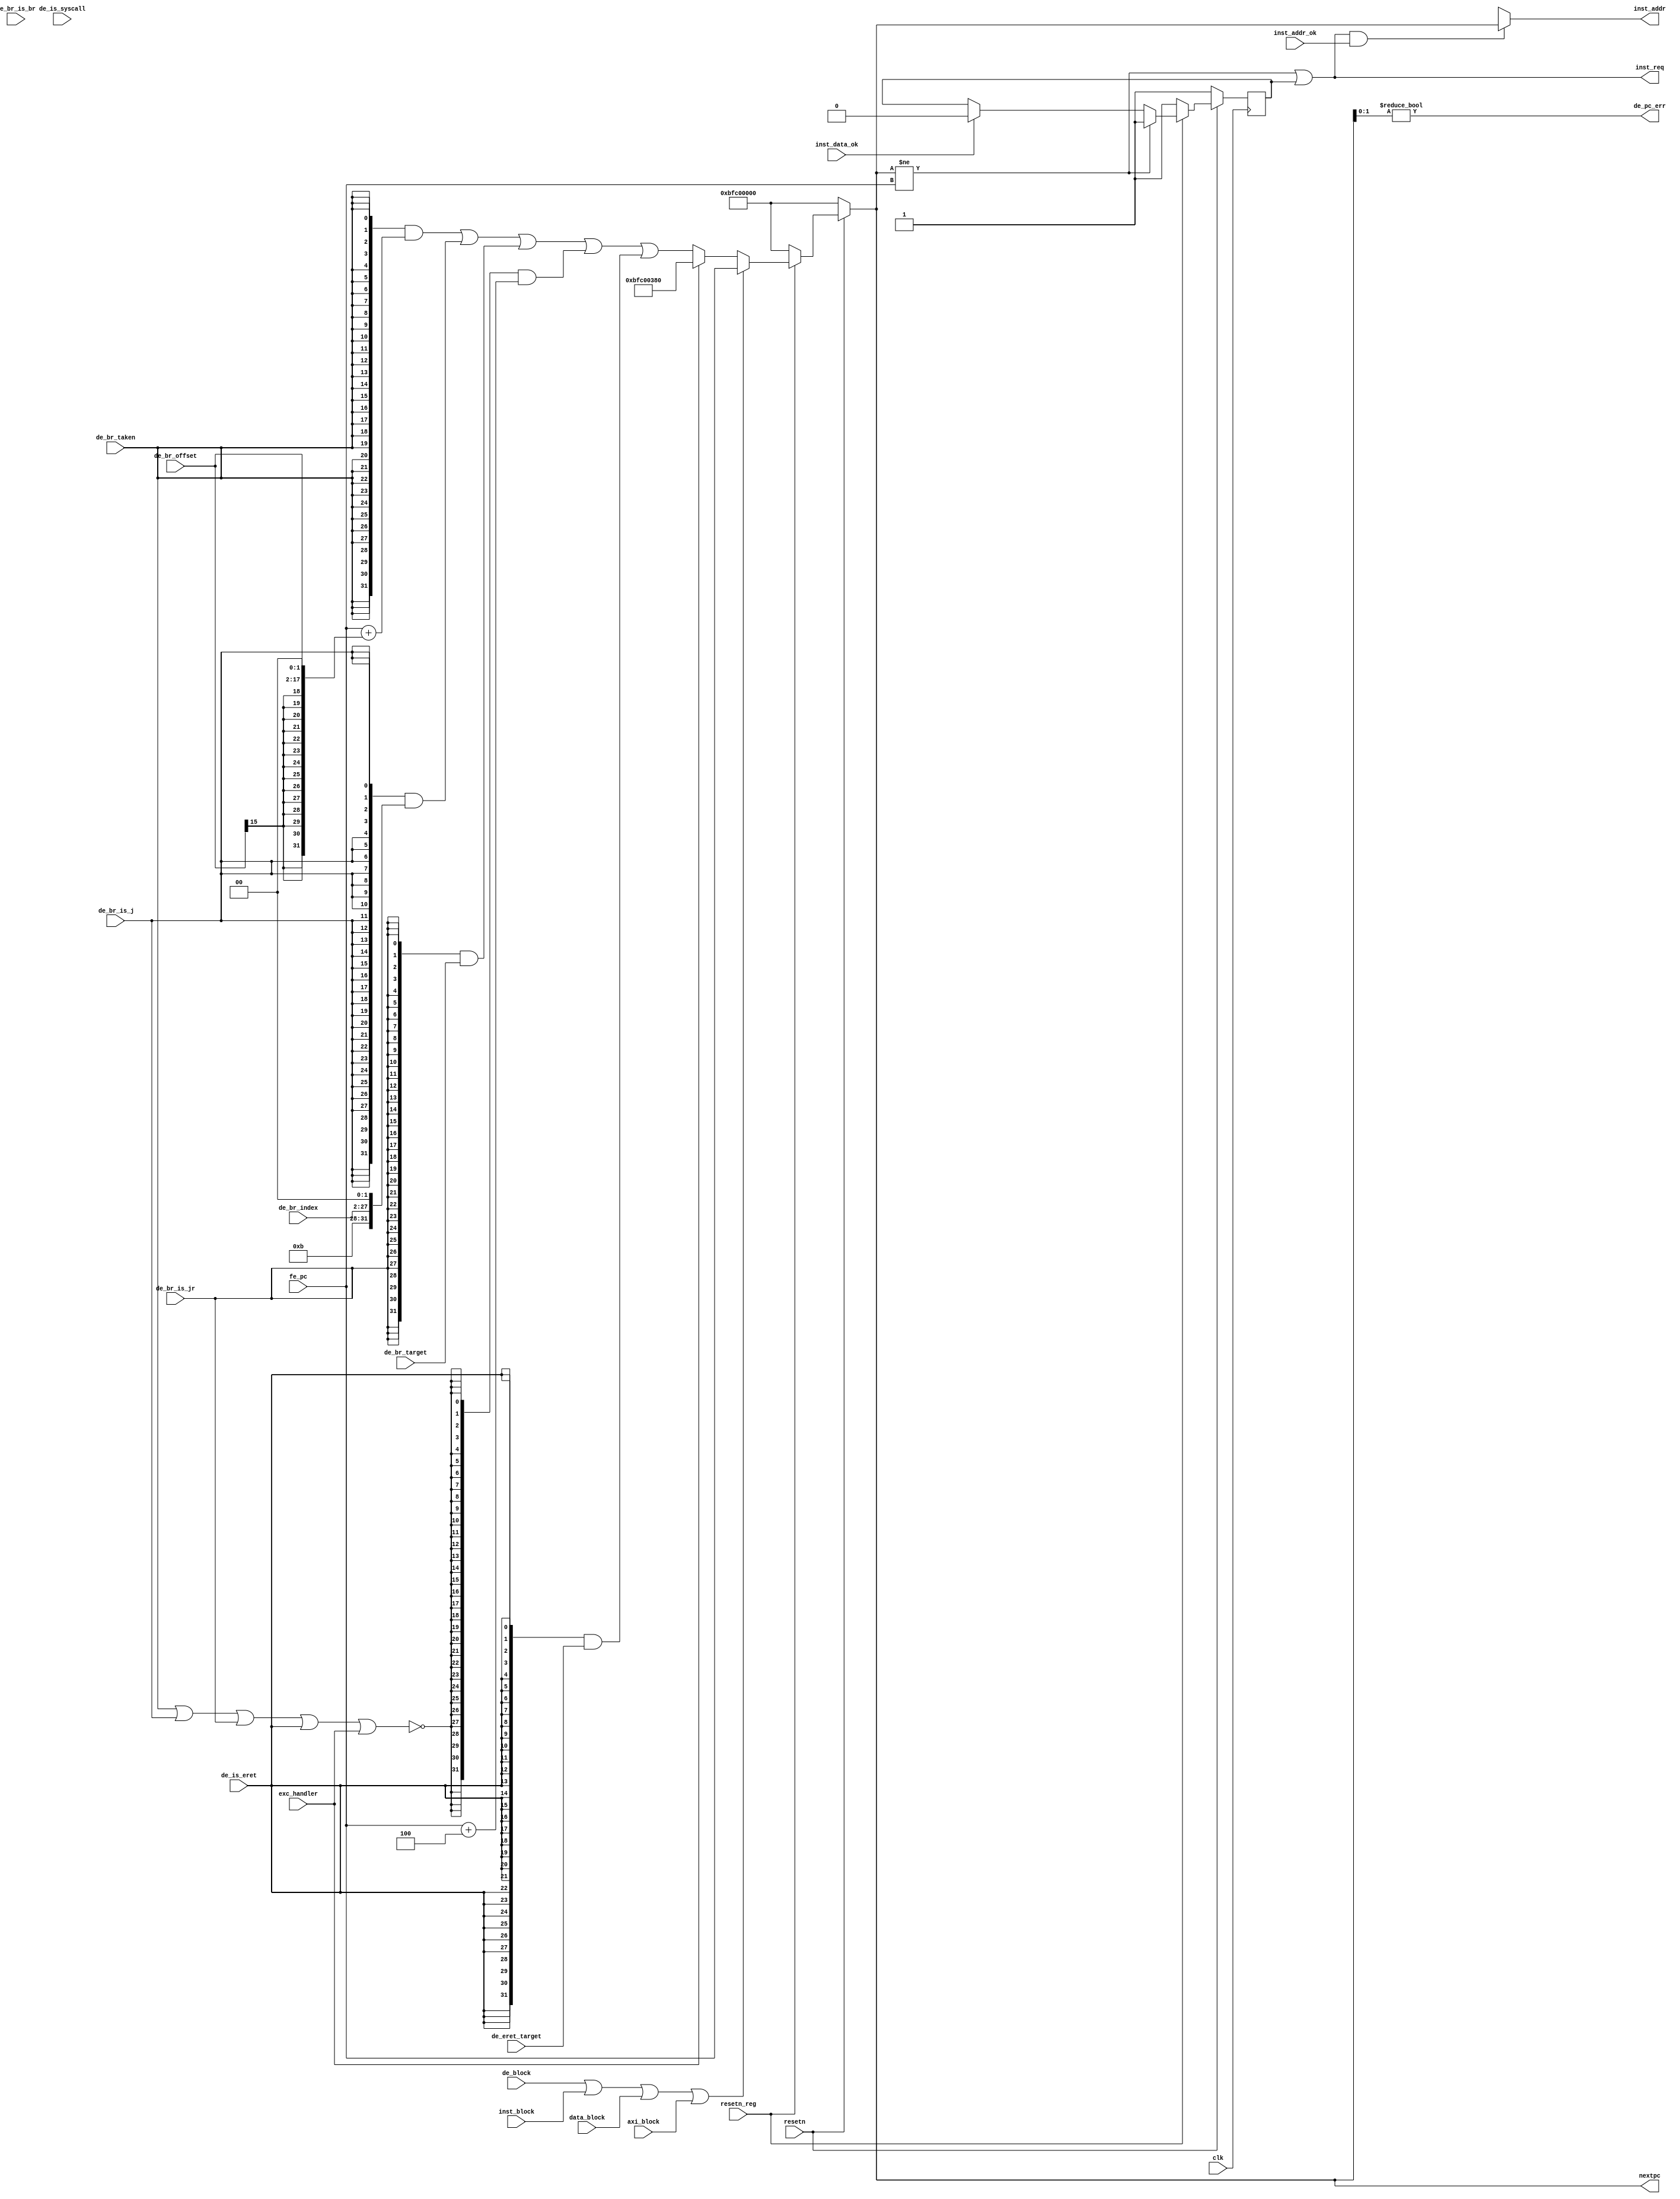
module nextpc_gen(
    input  wire        clk,
    input  wire        resetn,
    input  wire        resetn_reg,

    input  wire [31:0] fe_pc,

    input  wire        de_br_taken,     //1: branch taken, go to the branch target
    input  wire        de_br_is_br,     //1: target is PC+offset
    input  wire        de_br_is_j,      //1: target is PC||offset
    input  wire        de_br_is_jr,     //1: target is GR value
    input  wire [15:0] de_br_offset,    //offset for type "br"
    input  wire [25:0] de_br_index,     //instr_index for type "j"
    input  wire [31:0] de_br_target,    //target for type "jr"

    //output wire [31:0] inst_sram_addr,
    input  wire        inst_addr_ok,//I, 1
    input  wire        inst_data_ok,//I, 1
    output /*reg */        inst_req,
    output wire [31:0] inst_addr,

    output wire [31:0] nextpc,

    input  wire        de_block,

    input  wire        de_is_eret,
    input  wire [31:0] de_eret_target,
    input  wire        de_is_syscall,

    output wire        de_pc_err,
    input  wire        exc_handler,

    input  wire        inst_block,
    input  wire        data_block,
    input  wire        axi_block
);

    wire nojump;
    wire [31:0] br_target;
    wire [31:0] j_target;
    wire [31:0] C1;
    wire [31:0] C2;
    wire [31:0] C3;
    wire [31:0] C4;
    wire [31:0] C5;
    assign nojump = ~(de_br_taken | de_br_is_j |de_br_is_jr | de_is_eret | exc_handler);  //no need for de_br_is_br?
    assign br_target = fe_pc + {{14{de_br_offset[15]}}, de_br_offset, {2'b00}};
    assign j_target = {{4'hb}, de_br_index, {2'b00}};
    assign C1 = {32{de_br_taken}} & br_target;                 //BNE BEQ
    assign C2 = {32{de_br_is_j }} & j_target;                  //J JAL
    assign C3 = {32{de_br_is_jr}} & de_br_target;              //JR
    assign C4 = {32{nojump     }} & fe_pc + 4;                 //OTHERS
    assign C5 = {32{de_is_eret }} & de_eret_target;            //ERET
 
    assign nextpc = (~resetn) ? 32'hbfc00000:
                    (~resetn_reg) ? 32'hbfc00000:
                    (de_block||inst_block||data_block||axi_block)? fe_pc:
                    (exc_handler)? 32'hbfc00380:
                                C1 | C2 | C3 | C4 | C5 ;                                  
 
    reg inst_keep;

 //   assign inst_req  = 1'b1;
    always @(posedge clk) begin
        inst_keep <= (!resetn) ? 1'b1 :
                     (!resetn_reg) ? 1'b1 :
                     (nextpc != fe_pc)  ? 1'b1 :
                     inst_data_ok ? 1'b0 : inst_keep;
    end 

    assign inst_req = (nextpc != fe_pc) || inst_keep;

    assign inst_addr = (inst_req&&inst_addr_ok) ? nextpc:32'hxxxxxxxx;
    assign de_pc_err = (nextpc[1:0] != 2'b00);

    //assign inst_sram_addr = (~resetn) ? 32'b0 : nextpc;

endmodule //nextpc_gen